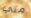
متي